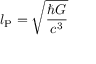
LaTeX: l _ { \mathrm { P } } = { \sqrt { \frac { \hbar G } { c ^ { 3 } } } }